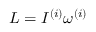
L = I ^ { ( i ) } \omega ^ { ( i ) }